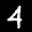
Label: 4